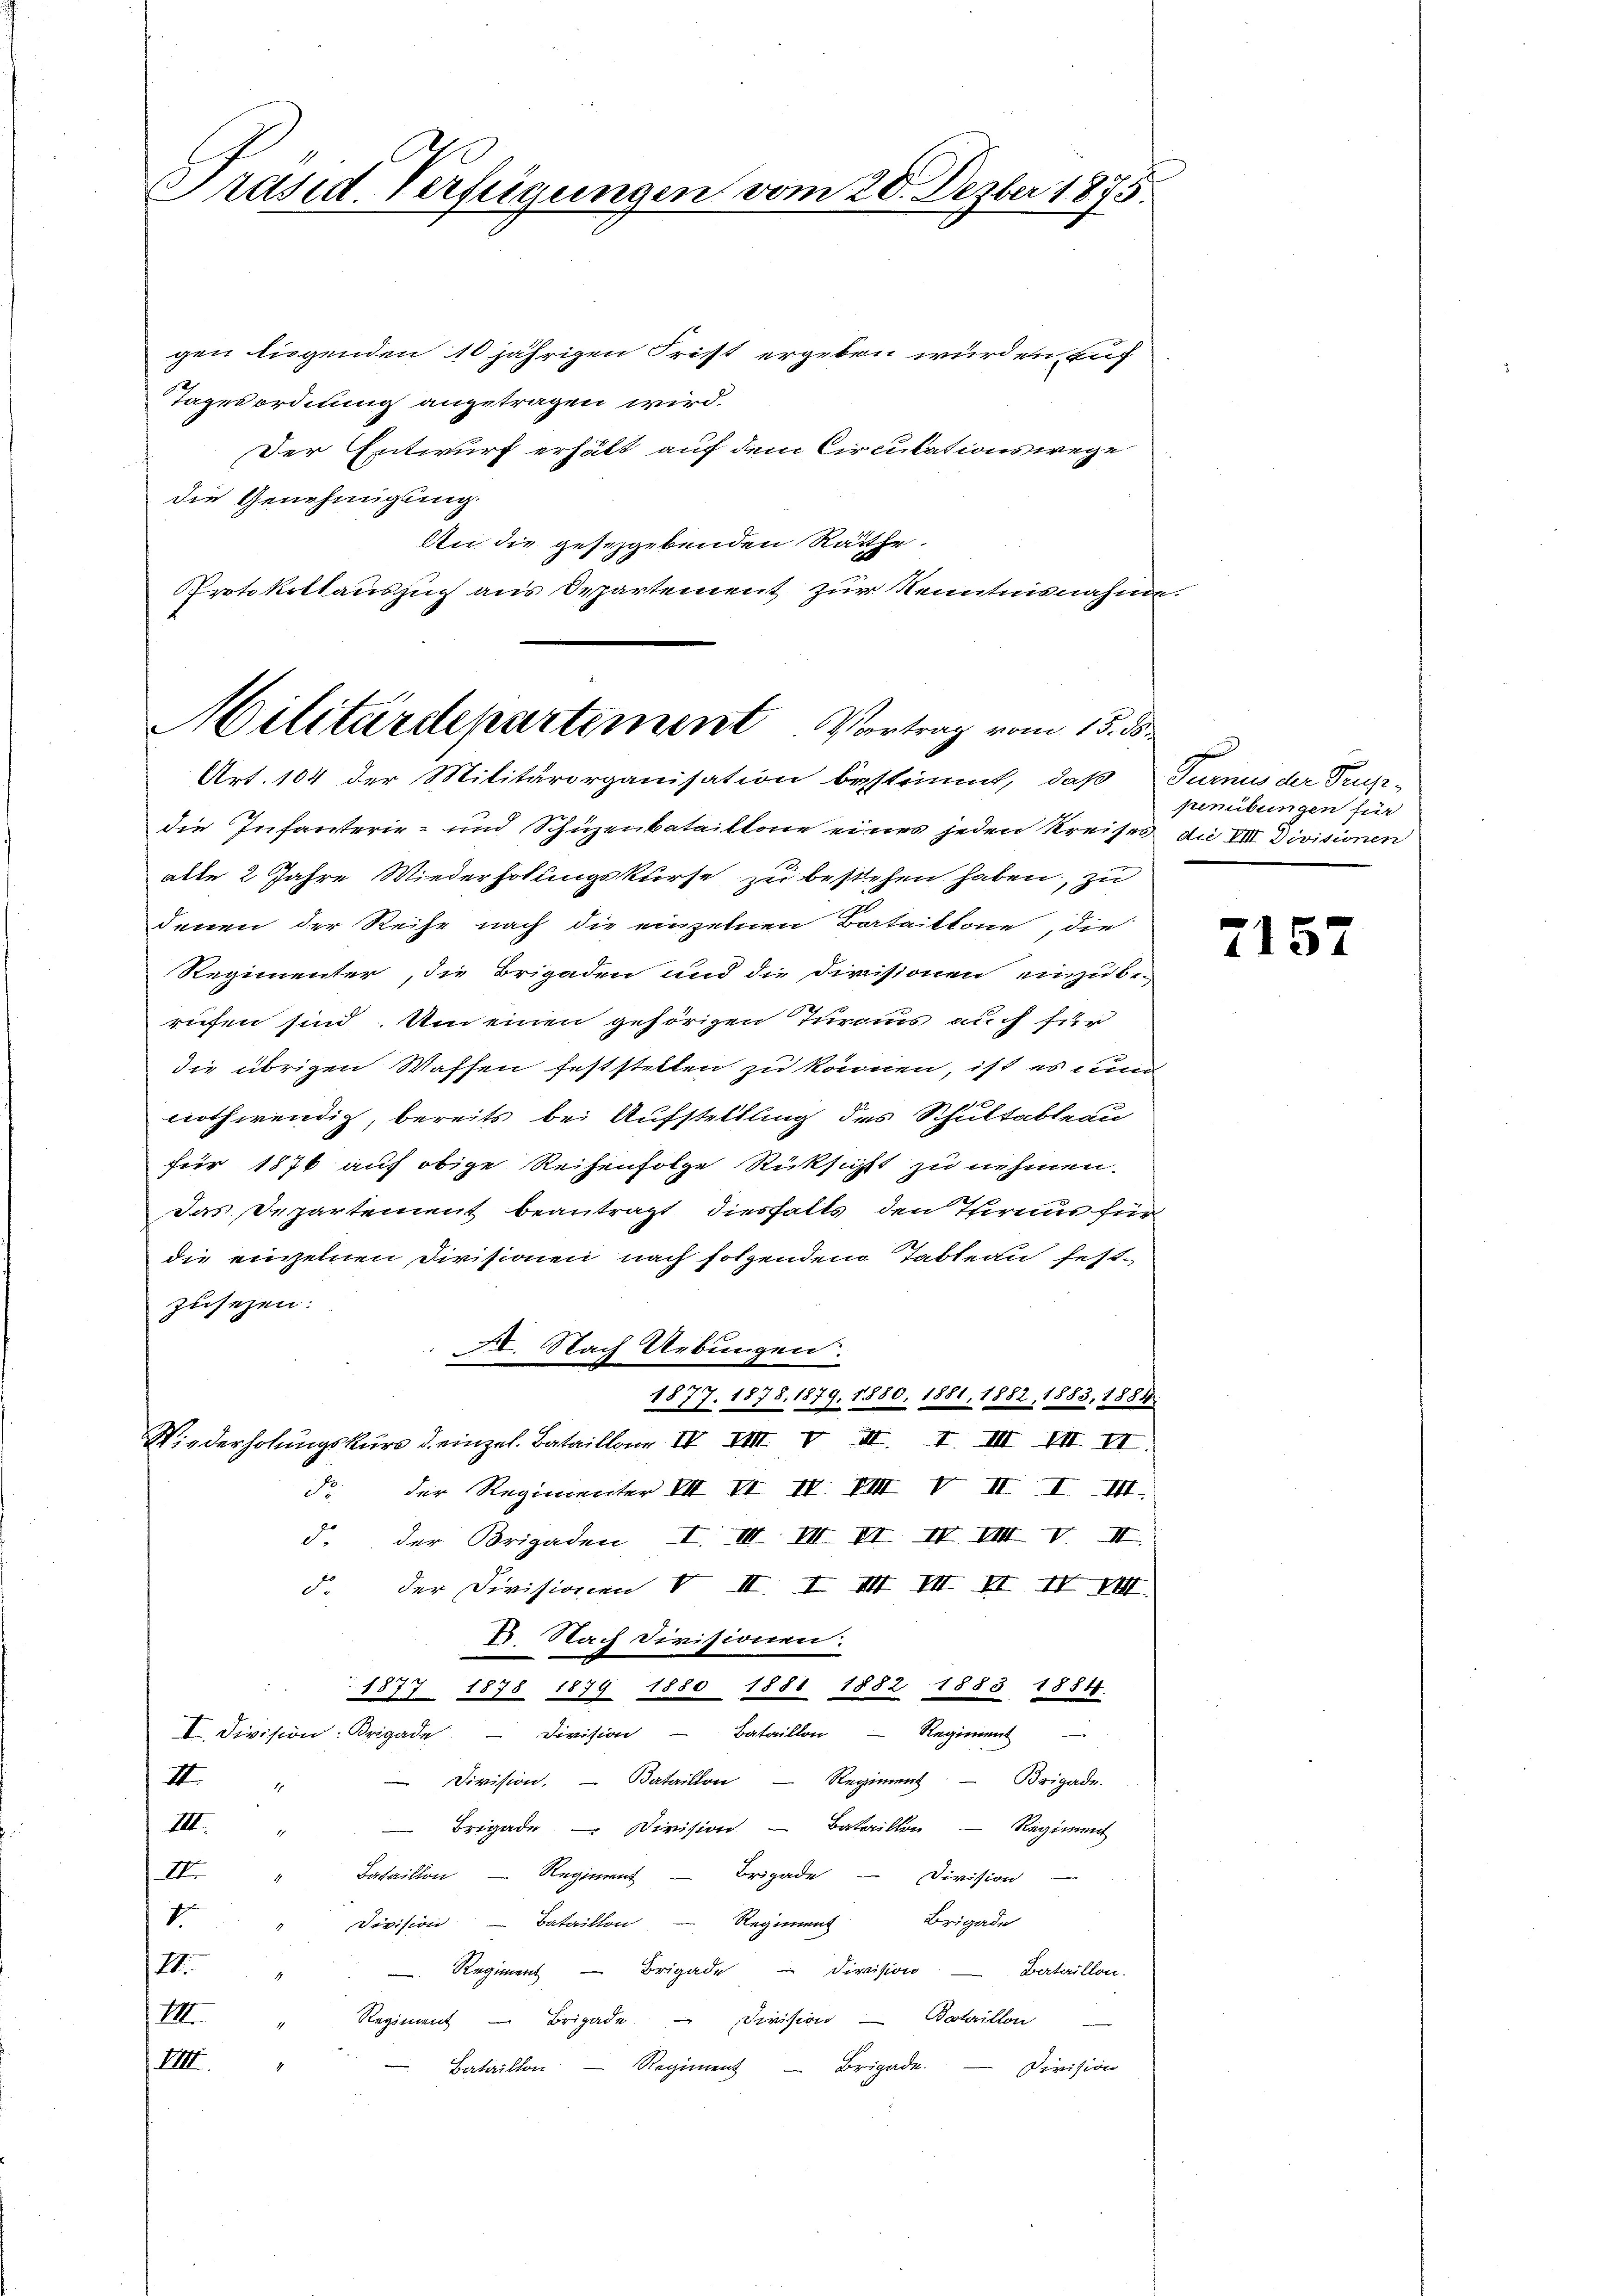
Präsid. Verfügungen vom 28. Dezber 1875

gen liegenden 10 jährigen Frist ergeben wurden, auf
Tagesordnung angetragen wird.
Der Entwurf erhält auf dem Circulationswege
die Genehmigung.
An die gesegebenden Räthe.
PProtokollauszug aus Separtement zur Kenntnisnahme

Militärdepartement. Vortrag vom 15. ds.

Art. 104 der Militärorganisation bestimmt, daß Turnus der Trusidie Infanterie- und Schüzenbataillone eines jeden Kreises die VIII Divisionen
alte 2 Jahre Wiederholungskurse zu bestehen haben, zu
denen der Reihe nach die einzelnen Bataikkone, die
Regimenter, die Brigaden und die Divisionen einzube-
rufen sind. Um einen gehörigen Turaus auch für
die übrigen Waffen feststellen zu können, ist es ein
nothwendig, bereits bei Aufstellung des Schultableau
für 1876 auf obige Reihenfolge Rücksicht zu nehmen.
das Departement beantragt diesfalls den Theraus für
die einzelnen Divisionen nach folgendem Tableau fest-
zusehen.
XI. Nach Uebungen.
1877. 1878. 1879. 1880, 1881, 1882, 1883, 1884.
Wiederholungskurs d. einzel. Bataillon IV VIII V II. I. III VII II.
d der Regimenter VII VIII. VIII VII I VII.
d. der Brigaden I. III. VII VI IV. VIII. V. II.
d. der Divisionen VII I VII VII VI IV. VIII.
1. Nach Divisionen.
ge
1871 1878 1879 1880 1881 1882 1883 1884.
I. Division: Brigade. Division Bataillon - Regiment
 Division. — Bataillon - Regiment. - Brigade-
II
Brigade – Division - Bataillen — Regiment
III.
II.
Bataillon - Regiment - Brigade Division
i
Division - Bataillon - Regiment Brigade
VV. " " " Regiment Brigade division Bataillon
VII. Regiment Brigade Division Bataillon
VIII.
Bataillon - Regiment - Brigade. — Division

pemibungen für

7152